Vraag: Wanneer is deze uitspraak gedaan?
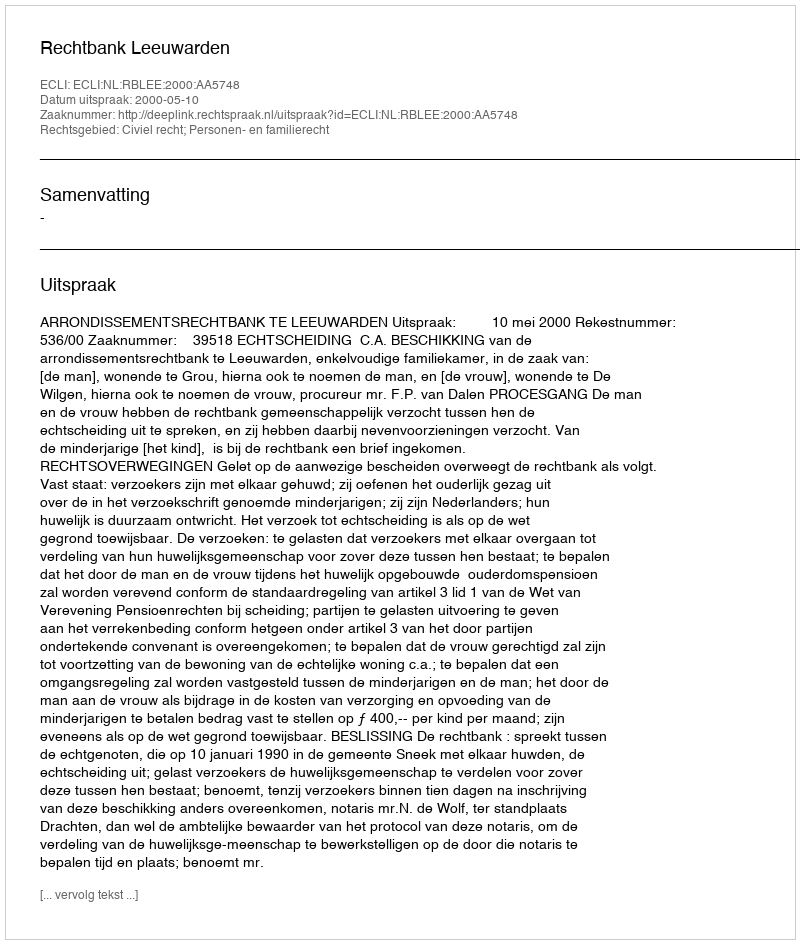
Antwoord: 2000-05-10